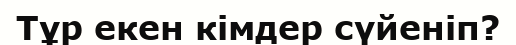
Тұр екен кімдер сүйеніп?